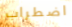
اضطراب